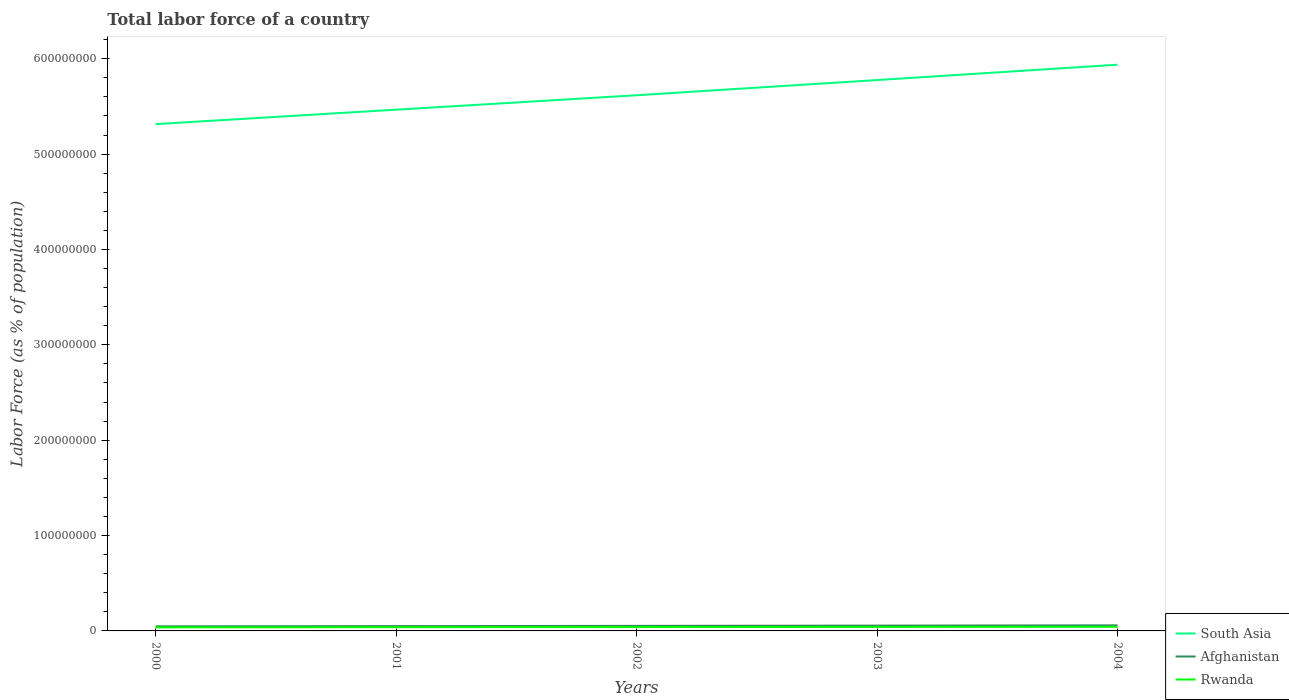
| Years | South Asia | Afghanistan | Rwanda |
 | --- | --- | --- | --- |
 | 2000 | 5.31e+08 | 4.82e+06 | 3.77e+06 |
 | 2001 | 5.47e+08 | 5.03e+06 | 3.92e+06 |
 | 2002 | 5.62e+08 | 5.29e+06 | 4.05e+06 |
 | 2003 | 5.78e+08 | 5.57e+06 | 4.17e+06 |
 | 2004 | 5.94e+08 | 5.85e+06 | 4.29e+06 |